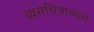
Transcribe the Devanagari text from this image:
व्यंगचित्राबद्दल